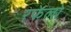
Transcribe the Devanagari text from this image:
रफेलो